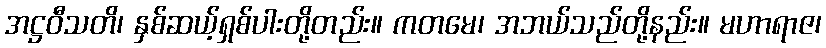
အဋ္ဌဝီသတိ၊ နှစ်ဆယ့်ရှစ်ပါးတို့တည်း။ ကတမေ၊ အဘယ်သည်တို့နည်း။ မဟာရာဇ၊